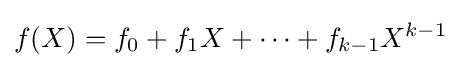
f(X)=f_{0}+f_{1}X+\cdots +f_{k-1}X^{k-1}